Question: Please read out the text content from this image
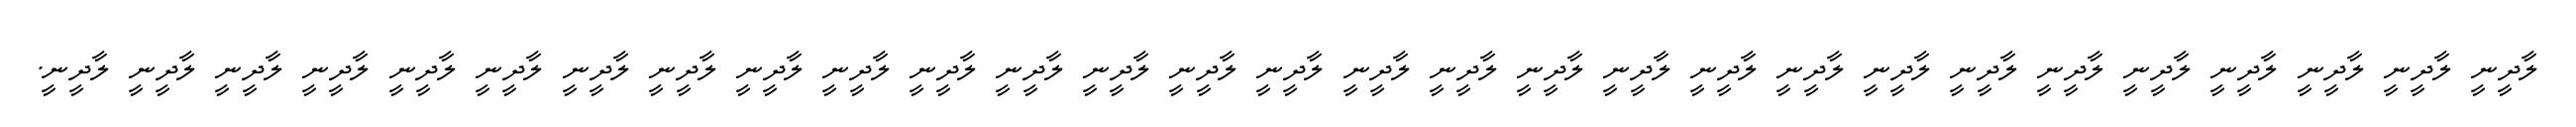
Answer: ލާދީނީ ލާދީނީ ލާދީނީ ލާދީނީ ލާދީނީ ލާދީނީ ލާދީނީ ލާދީނީ ލާދީނީ ލާދީނީ ލާދީނީ ލާދީނީ ލާދީނީ ލާދީނީ ލާދީނީ ލާދީނީ ލާދީނީ ލާދީނީ ލާދީނީ ލާދީނީ ލާދީނީ ލާދީނީ ލާދީނީ ލާދީނީ ލާދީނީ ލާދީނީ ލާދީނީ ލާދީނީ ލާދީނީ.